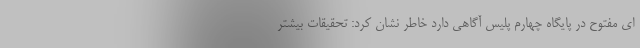
ای مفتوح در پایگاه چهارم پلیس آگاهی دارد خاطر نشان کرد: تحقیقات بیشتر